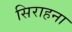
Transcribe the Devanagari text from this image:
सिराहना